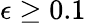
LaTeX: \epsilon\geq 0.1